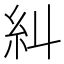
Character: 糾